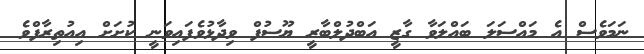
ނަމަވެސް އެ މައްސަލަ ބައްލަވާ ގާޒީ އަބްދުލްބާރީ ޔޫސުފް ވިދާޅުވެފައިވަނީ ކުށަށް އިއުތިރާފްވެ